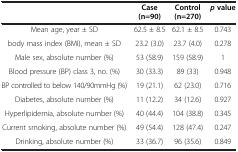
<table><thead><tr><td><b> </b></td><td><b>Case (n=90)</b></td><td><b>Control (n=270)</b></td><td><b><i>p</i>value</b></td></tr></thead><tbody><tr><td>Mean age, year ± SD</td><td>62.5 ± 8.5</td><td>62.1 ± 8.5</td><td>0.743</td></tr><tr><td>body mass index (BMI), mean ± SD</td><td>23.2 (3.0)</td><td>23.7 (4.0)</td><td>0.278</td></tr><tr><td>Male sex, absolute number (%)</td><td>53 (58.9)</td><td>159 (58.9)</td><td>1</td></tr><tr><td>Blood pressure (BP) class 3, no. (%)</td><td>30 (33.3)</td><td>89 (33)</td><td>0.948</td></tr><tr><td>BP controlled to below 140/90mmHg (%)</td><td>19 (21.1)</td><td>62 (23.0)</td><td>0.716</td></tr><tr><td>Diabetes, absolute number (%)</td><td>11 (12.2)</td><td>34 (12.6)</td><td>0.927</td></tr><tr><td>Hyperlipidemia, absolute number (%)</td><td>40 (44.4)</td><td>104 (38.8)</td><td>0.345</td></tr><tr><td>Current smoking, absolute number (%)</td><td>49 (54.4)</td><td>128 (47.4)</td><td>0.247</td></tr><tr><td>Drinking, absolute number (%)</td><td>33 (36.7)</td><td>96 (35.6)</td><td>0.849</td></tr></tbody></table>